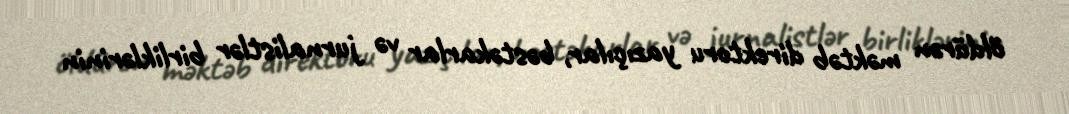
öldürən məktəb direktoru yazıçılar, bəstəkarlar və jurnalistlər birliklərinin